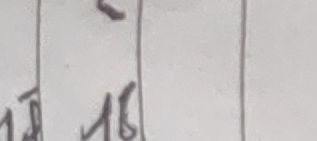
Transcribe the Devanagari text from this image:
१४ १६